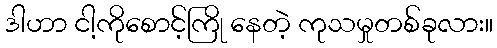
ဒါဟာ ငါ့ကိုစောင့်ကြို နေတဲ့ ကုသမှုတစ်ခုလား။